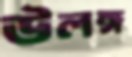
উলঙ্গ